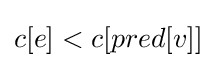
c[e]<c[pred[v]]